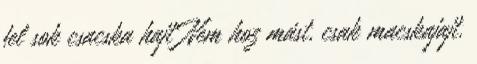
fel sok csacska hajt Nem hoz mást, csak macskajajt.